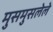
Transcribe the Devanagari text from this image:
मुसमुसलेले